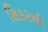
સિકરથી